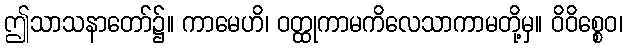
ဤသာသနာတော်၌။ ကာမေဟိ၊ ဝတ္ထုကာမကိလေသာကာမတို့မှ။ ဝိဝိစ္စေဝ၊